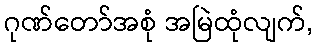
ဂုဏ်တော်အစုံ အမြဲထုံလျက်,